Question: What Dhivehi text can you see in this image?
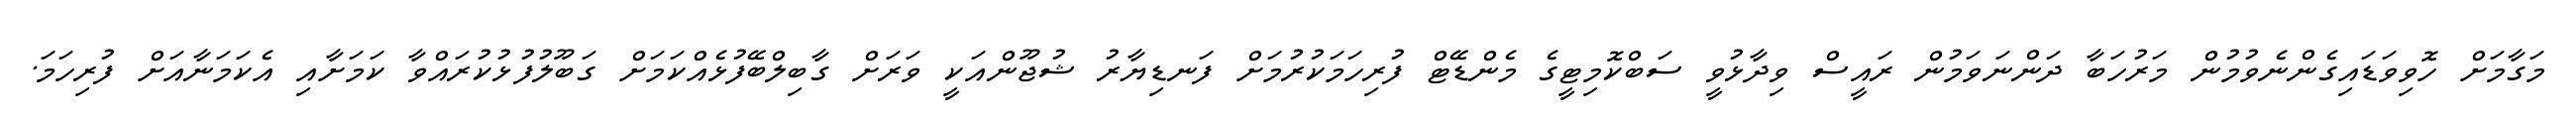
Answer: މަގާމަށް ހޮވިވަޑައިގެންނެވުމުން މަރުހަބާ ދަންނަވަމުން ރައީސް ވިދާޅުވީ ސަބްކޮމިޓީގެ މެންޑޭޓް ފުރިހަމަކުރުމަށް ފަނޑިޔާރު ޝުޖޫންއަކީ ވަރަށް ގާބިލްބޭފުޅެއްކަމަށް ގަބޫލުފުޅުކުރައްވާ ކަމަށާއި އެކަމަނާއަށް ފުރިހަމަ.